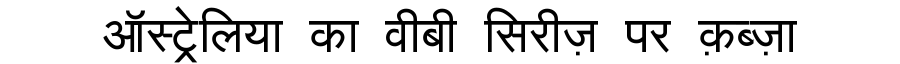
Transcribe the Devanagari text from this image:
ऑस्ट्रेलिया का वीबी सिरीज़ पर क़ब्ज़ा